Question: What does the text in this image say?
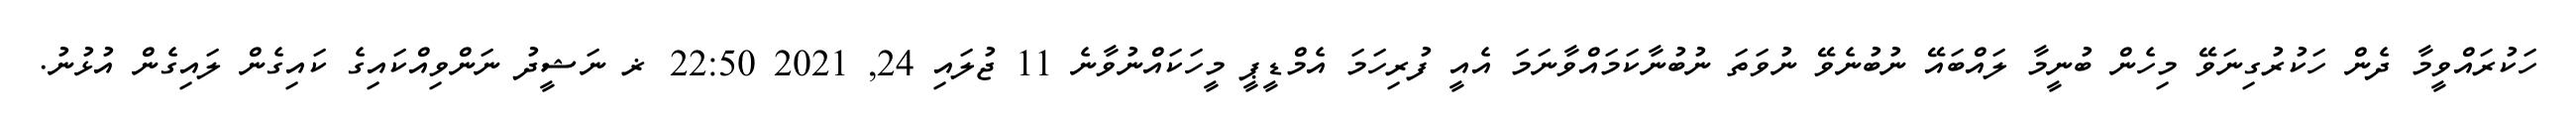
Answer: ހަކުރައްވީމާ ދެން ހަކުރުގިނަވޭ މިހެން ބުނީމާ ލައްބައޭ ނުބުނެވޭ ނުވަތަ ނުބުނާކަމައްވާނަމަ އެއީ ފުރިހަމަ އެމްޑީޕީ މީހަކައްނުވާނެ 11 ޖުލައި 24, 2021 22:50 ޜ ނަޝީދު ނަންވިއްކައިގެ ކައިގެން ލައިގެން އުޅުނު.